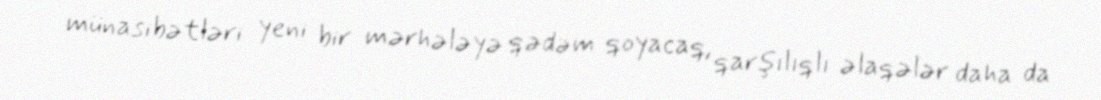
münasibətləri yeni bir mərhələyə qədəm qoyacaq, qarşılıqlı əlaqələr daha da